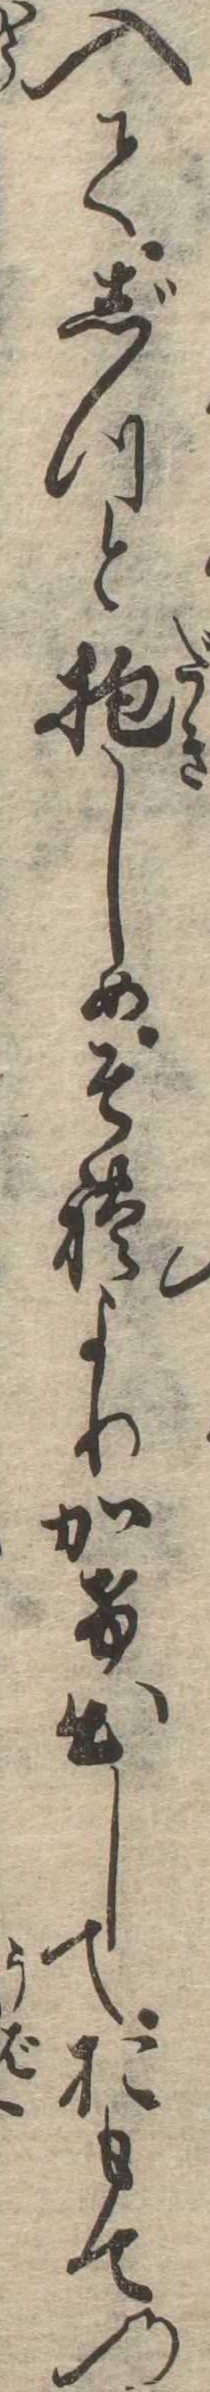
入てじつと抱しめそれよりかけ出しておもての